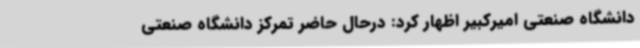
دانشگاه صنعتی امیرکبیر اظهار کرد: درحال حاضر تمرکز دانشگاه صنعتی